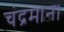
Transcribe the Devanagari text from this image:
चंद्रमान।